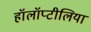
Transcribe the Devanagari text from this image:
हॉलॉप्टीलिया